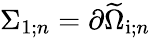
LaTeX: \Sigma_{1;n}=\partial\widetilde{\Omega}_{\mathrm{i};n}